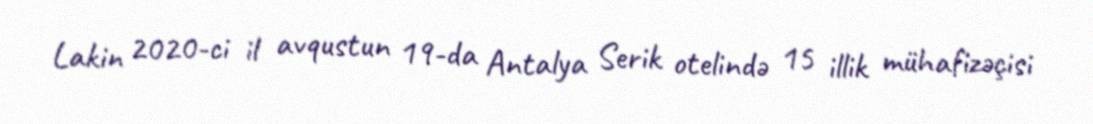
Lakin 2020-ci il avqustun 19-da Antalya Serik otelində 15 illik mühafizəçisi